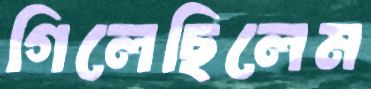
গিলেছিলেম